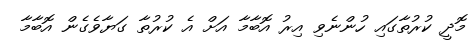
މޮދީ ކުރުތާގައި ހުންނެވި އިރު އޮބާމާ އަށް އެ ކުރުތާ ގަޔާވެގެން އޮބާމާ